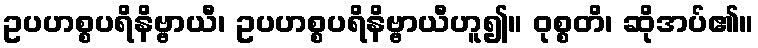
ဥပဟစ္စပရိနိဗ္ဗာယီ၊ ဥပဟစ္စပရိနိဗ္ဗာယီဟူ၍။ ဝုစ္စတိ၊ ဆိုအပ်၏။